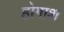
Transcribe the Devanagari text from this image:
होगाश